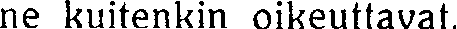
ne kuitenkin oikeuttavat.